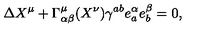
\Delta X ^ { \mu } + \Gamma _ { \alpha \beta } ^ { \mu } ( X ^ { \nu } ) \gamma ^ { a b } e _ { a } ^ { \alpha } e _ { b } ^ { \beta } = 0 ,